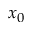
x _ { 0 }